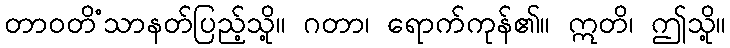
တာဝတိံသာနတ်ပြည့်သို့။ ဂတာ၊ ရောက်ကုန်၏။ ဣတိ၊ ဤသို့။